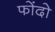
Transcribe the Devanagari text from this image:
फोंदो